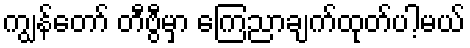
ကျွန်တော် တီဗွီမှာ ကြေညာချက်ထုတ်ပါ့မယ်